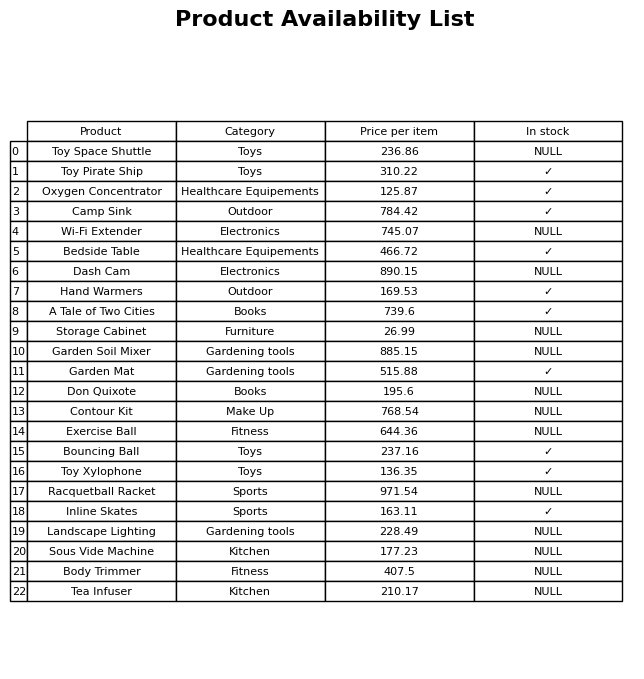
question: What is the stock status of the Racquetball Racket?
answer: NULL